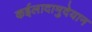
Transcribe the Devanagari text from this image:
कईलादामुदेयान